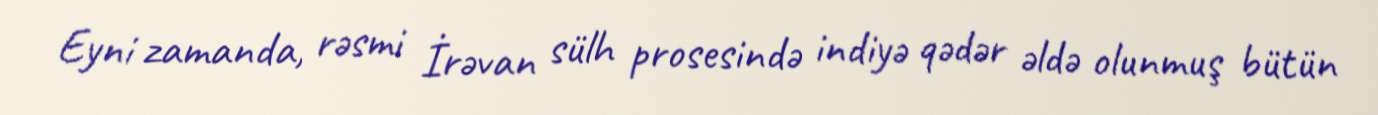
Eyni zamanda, rəsmi İrəvan sülh prosesində indiyə qədər əldə olunmuş bütün